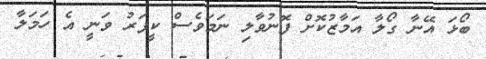
ބޯޅަ އޭނާ ގޯލާ އަމާޒުކޮށް ފޮނުވާލި ނަމަވެސް ކީޕަރު ވަނީ އެ ހަމަލާ